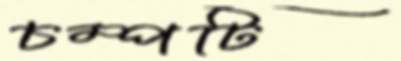
চম্পটি